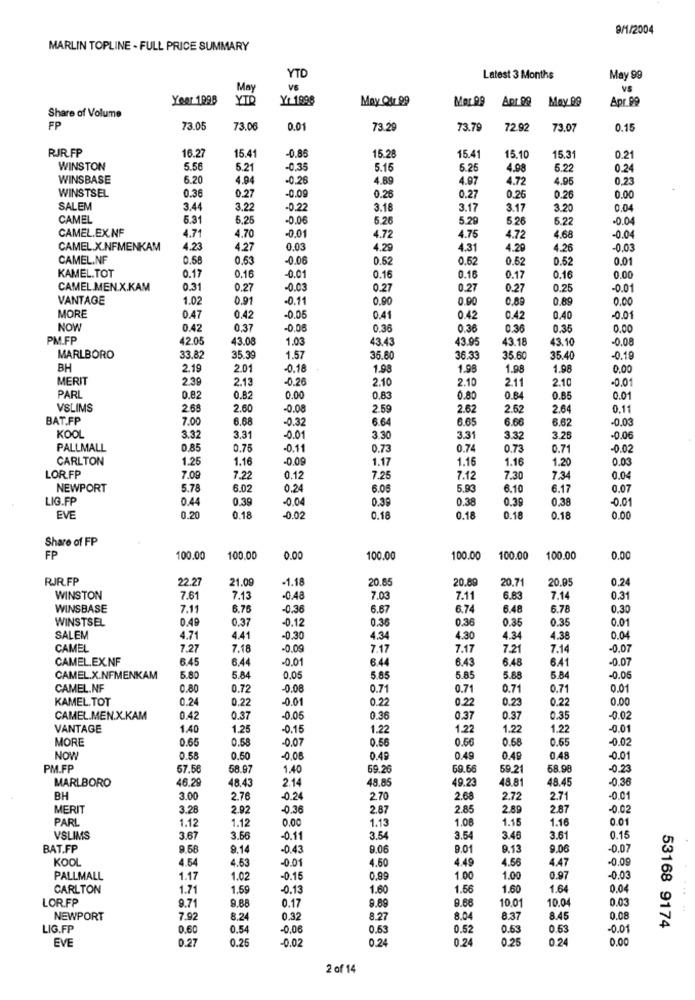
9/1/2004
MARLIN TOPLINE - FULL PRICE SUMMARY
YTD
Latest 3 Months
May 99
May
VS
VS
Year 1998
YTD
Yr 1898
May Qtr 99
Mor.99
Apr 00
May 99
Apr 99
Share of Volume
FP
73.05
73.06
0.0
73.29
73.79
72.92
73.07
0.15
15.41
RJR.FP
16.27
-0.85
15.28
15.41
15.10
15.31
0.21
WINSTON
5.56
5.21
0,35
5.15
5.25
4.98
5.22
0.24
WINSBASE
6.20
4.94
-0.26
4.89
4.97
4.72
4.95
0.23
WINSTSEL
0.36
0.27
-0.09
0.26
0.27
0.26
0.26
0.00
SALEM
3.44
3.22
-0.2
3.16
3.17
3.17
3.20
0.04
CAMEL
5.31
6.2
-0.06
5.26
5.29
5.26
6.22
-0.04
CAMEL.EX.NF
4.71
4.70
-0.01
4.75
4.72
4.72
4.68
-0.04
CAMEL.X.NFMENKAM
4.23
4.27
0.03
4.29
4.31
4.29
4.26
-0.0
CAMEL.NF
0.58
0.63
0.06
0.62
0.52
0.62
0.52
0.01
KAMEL.TOT
0.17
0.16
-0.01
0.16
0.16
0.17
0.16
0.00
CAMEL.MEN.X.KAM
0.31
0.27
-0.03
0.27
0.27
0.27
0.25
-0.01
VANTAGE
1.02
0.91
-0.11
0,90
0.90
0.89
0.89
0.00
MORE
0.47
0.42
-0.05
0.41
0.42
0.42
0.40
-0.01
NOW
0.42
0.37
-0.08
0.36
0.36
0.36
0.35
0.00
PM.FP
42.05
43.08
1.03
43.43
43.95
43.18
13.10
-0.08
MARLBORO
33.82
35.39
1.57
35.80
36.33
35.60
35.40
-0.19
BH
2.19
2.01
-0.18
1.98
1.98
1.98
1.98
0,00
MERIT
2.39
2.13
-0.26
2.10
2.10
2.11
2.10
-0.01
PARI
0.82
0.82
0.00
0,83
0.80
0.84
0.85
0.01
VSLIMS
2.68
2.60
-0.08
2.59
2.62
2.62
2.64
0.11
BAT.FP
7.00
6.68
-0.32
6.64
6.65
6.66
6.62
KOOL
3.32
3.31
-0.01
3.30
3.31
3.32
3.25
-0.00
PALLMALL
0.85
0.75
-0.11
0.73
0.74
0.73
0.71
-0.0
CARLTON
1.25
1.16
-0.09
1.17
1.16
1.16
1.20
0.0
LORFP
7.09
7.22
0.12
7.25
7.12
7.30
7.34
0.04
NEWPORT
5.78
6.02
0.24
6.08
5.90
6.10
6.17
0.07
LIG.FP
0.44
0.39
-0.04
0.36
0.38
0.39
0,38
-0.01
EVE
0.20
0.18
-0.02
0.18
0.18
0.18
0.18
0.00
Share of FP
FP
100.00
100.00
0.00
100.00
100.00
100.00
100.00
0.00
RJR.FP
22.27
21.09
-1.18
20.85
20.89
20.71
20.95
0,24
WINSTON
7.61
7.13
-0.48
7.03
7.11
6.83
7.14
0.31
WINSBASE
7.1
6.75
-0.36
6.67
6.74
6.48
6.78
0.30
WINSTSEL
0.49
0.37
-0.12
0.30
0.36
0.35
0.35
0.01
SALEM
4.71
4.41
-0.30
4.34
4.30
4.34
4.38
0.04
CAMEL
7.27
7.18
-0.09
7.17
7.17
7.21
7.14
-0,07
CAMEL.EX.NF
6.45
6.44
00
644
6.43
6.48
6.41
-0.07
CAMEL.X.NFMENKAM
5.80
5.84
0.05
5.85
5.85
5.88
5.84
-0.00
CAMEL.NF
0.80
0.72
-0.08
0.71
0.71
0.71
0.71
0.01
KAMEL.TOT
0.24
0.22
-0.01
0.22
0.22
0.23
0.22
0.00
CAMEL.MEN.X.KAM
0.42
0.37
-0.05
0.36
0.37
0.37
0.35
-0.0
VANTAGE
1.40
1.25
0.15
1.22
1.22
1.22
1.22
0.01
MORE
0.65
0.58
-0.07
0.56
0.56
0.68
0.65
-0.02
NOW
0.58
0.50
-0,08
0.4
0.49
0.49
0.48
-0.01
PM.FP
57.56
58.97
1.40
69.26
69.66
59.21
68.98
-0.23
MARLBORO
46.2
48.43
2.14
48.85
49.23
48.81
48.45
0.36
BH
3.00
2.76
-0.24
2.70
2.68
2.72
2.71
-0.01
MERIT
3.28
2.92
-0.36
2.87
2.85
2.89
2.87
-0.02
PARL
1.12
1.12
0.00
1.13
1.08
1.15
1.16
0.01
VSLIMS
3.6
3.66
-0.11
3.54
3.54
3.48
3.61
0.15
BAT.FP
9.66
9.14
-0.43
9.06
9.01
9.13
9.06
0.07
KOOL
4.54
4.63
-0.01
4.60
4.49
4.56
4.47
-0.09
PALLMALL
1.1
1.02
-0.15
0.99
1.00
1.00
0.97
-0.03
CARLTON
1.71
1.59
0.13
1.60
1.56
1.60
1.64
0.04
LOR.FP
9.71
0.17
9.89
9.68
10.01
10.04
0.03
9.88
NEWPORT
7.92
8.24
0.32
8.27
8.04
8.37
8.45
0.08
LIG.FP
0.60
0.54
-0,06
0.63
0.52
0.53
0.53
-0.01
53168 9174
EVE
0.27
0.25
-0.02
0.24
0.24
0.25
0.24
0.00
2 of 14